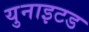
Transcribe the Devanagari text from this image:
युनाइटड